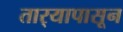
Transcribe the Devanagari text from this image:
तार्‍यापासून